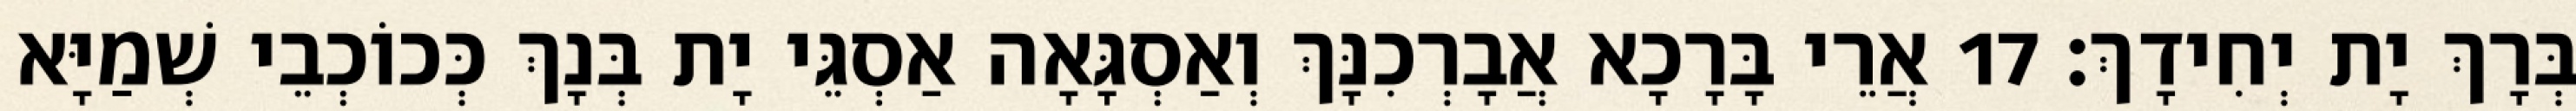
בְּרָךְ יָת יְחִידָךְ׃ 17 אֲרֵי בָּרָכָא אֲבָרְכִנָּךְ וְאַסְגָּאָה אַסְגֵּי יָת בְּנָךְ כְּכוֹכְבֵי שְׁמַיָּא